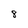
Character: 8